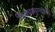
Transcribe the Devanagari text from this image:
किड्यामुग्यानी